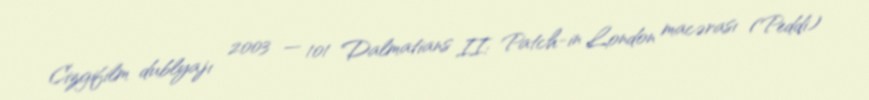
Cizgifilm dublyajı 2003 — 101 Dalmatians II: Patch-in London macərası (Peddi)